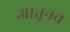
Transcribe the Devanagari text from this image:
आतूनच